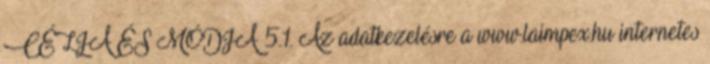
CÉLJA ÉS MÓDJA 5.1. Az adatkezelésre a www.laimpex.hu internetes